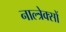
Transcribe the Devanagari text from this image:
नाल्त्रेक्सों